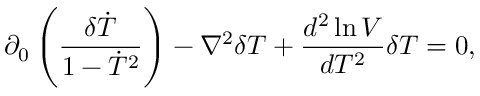
\partial _ { 0 } \left( \frac { \delta \dot { T } } { 1 - \dot { T } ^ { 2 } } \right) - \nabla ^ { 2 } \delta T + \frac { d ^ { 2 } \ln V } { d T ^ { 2 } } \delta T = 0 ,